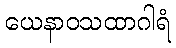
ယေနာဝသထာဂါရံ